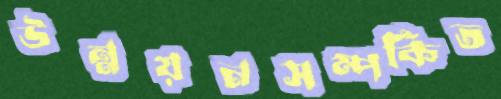
উন্নয়নসম্পর্কিত